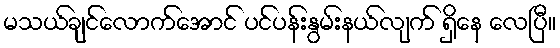
မသယ်ချင်လောက်အောင် ပင်ပန်းနွမ်းနယ်လျက် ရှိနေ လေပြီ။